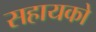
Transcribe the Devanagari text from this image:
सहायको